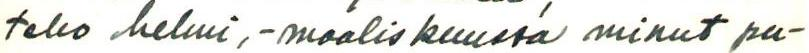
teko helmi, - maaliskuussa minut pu-